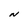
Character: N